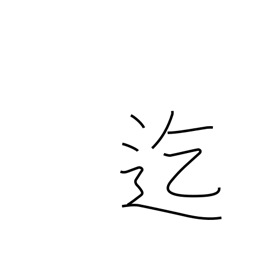
Meaning: until